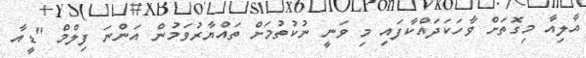
އާލިއާ މިގޮތަށް ވާހަކަދައްކާފައި މި ވަނީ ނުކުތުމަށް ތައްޔާރުވަމުން އަންނަ ފިލްމް "ޑީއާ